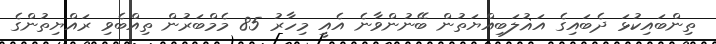
ތިންބައިކުޅަ ދެބައިގެ އަޣުލަބިއްޔަތުން ބޭނުންވާނެ އެއީ މިހާރު 85 މެމްބަރުން ތިއްބެވި ރައްޔިތުންގެ